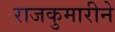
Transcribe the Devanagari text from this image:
राजकुमारीने